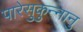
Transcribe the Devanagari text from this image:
पारेसुकुन्नानु